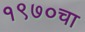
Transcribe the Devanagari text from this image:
१९७०चा